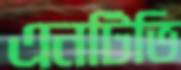
এনটিভি